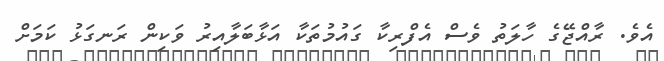
އެވެ. ރާއްޖޭގެ ހާލަތު ވެސް އެފްރިކާ ގައުމުތަކާ އަޅާބަލާއިރު ވަކިން ރަނގަޅު ކަމަށް